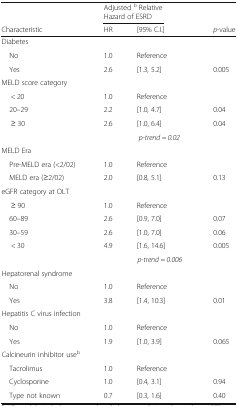
<table><thead><tr><td></td><td colspan="2"><b>Adjusted <sup>b</sup> Relative Hazard of ESRD</b></td><td></td></tr><tr><td><b>Characteristic</b></td><td><b>HR</b></td><td><b>[95% C.I.]</b></td><td><b><i>p</i>-value</b></td></tr></thead><tbody><tr><td colspan="4">Diabetes</td></tr><tr><td> No</td><td>1.0</td><td>Reference</td><td></td></tr><tr><td> Yes</td><td>2.6</td><td>[1.3, 5.2]</td><td>0.005</td></tr><tr><td colspan="4">MELD score category</td></tr><tr><td>&lt; 20</td><td>1.0</td><td>Reference</td><td></td></tr><tr><td> 20–29</td><td>2.2</td><td>[1.0, 4.7]</td><td>0.04</td></tr><tr><td>≥ 30</td><td>2.6</td><td>[1.0, 6.4]</td><td>0.04</td></tr><tr><td></td><td colspan="3"><i>p-trend = 0.02</i></td></tr><tr><td colspan="4">MELD Era</td></tr><tr><td> Pre-MELD era (&lt;2/02)</td><td>1.0</td><td>Reference</td><td></td></tr><tr><td> MELD era (≥2/02)</td><td>2.0</td><td>[0.8, 5.1]</td><td>0.13</td></tr><tr><td colspan="4">eGFR category at OLT</td></tr><tr><td>≥ 90</td><td>1.0</td><td>Reference</td><td></td></tr><tr><td> 60–89</td><td>2.6</td><td>[0.9, 7.0]</td><td>0.07</td></tr><tr><td> 30–59</td><td>2.6</td><td>[1.0, 7.0]</td><td>0.06</td></tr><tr><td>&lt; 30</td><td>4.9</td><td>[1.6, 14.6]</td><td>0.005</td></tr><tr><td></td><td colspan="3"><i>p-trend = 0.006</i></td></tr><tr><td colspan="4">Hepatorenal syndrome</td></tr><tr><td> No</td><td>1.0</td><td>Reference</td><td></td></tr><tr><td> Yes</td><td>3.8</td><td>[1.4, 10.3]</td><td>0.01</td></tr><tr><td colspan="4">Hepatitis C virus infection</td></tr><tr><td> No</td><td>1.0</td><td>Reference</td><td></td></tr><tr><td> Yes</td><td>1.9</td><td>[1.0, 3.9]</td><td>0.065</td></tr><tr><td colspan="4">Calcineurin inhibitor use<sup>b</sup></td></tr><tr><td> Tacrolimus</td><td>1.0</td><td>Reference</td><td></td></tr><tr><td> Cyclosporine</td><td>1.0</td><td>[0.4, 3.1]</td><td>0.94</td></tr><tr><td> Type not known</td><td>0.7</td><td>[0.3, 1.6]</td><td>0.40</td></tr></tbody></table>